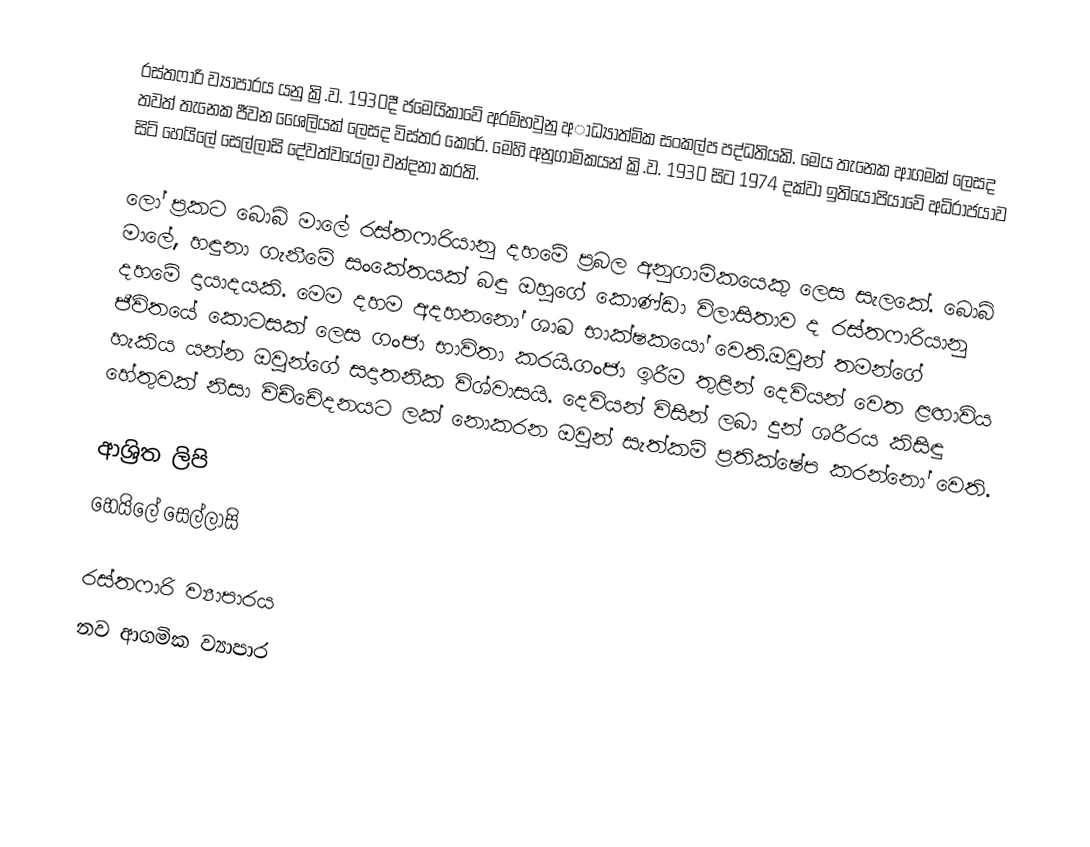
රස්තෆාරි ව්‍යාපාරය යනු ක්‍රි.ව. 1930දී ජමෙයිකාවේ අරම්භවුනු අාධ්‍යාත්මික සංකල්ප පද්ධතියකි. මෙය තැනෙක ආගමක් ලෙසද තවත් තැනෙක ජීවන ශෛලියක් ලෙසද විස්තර කෙරේ. මෙහි අනුගාමිකයන් ක්‍රි.ව. 1930 සිට 1974 දක්වා ඉතියෝපියාවේ අධිරාජයාව සිටි හෙයිලේ සෙල්ලාසි දේවත්වයේලා වන්දනා කරති.

ලෝ ප්‍රකට බොබ් මාලේ රස්තෆාරියානු දහමේ ප්‍රබල අනුගාමිකයෙකු ලෙස සැලකේ. බොබ් මාලේ, හඳුනා ගැනීමේ සංකේතයක් බඳු ඔහුගේ කොණ්ඩා විලාසිතාව ද රස්තෆාරියානු දහමේ දායාදයකි. මෙම දහම අදහනනෝ  ශාඛ භාක්ෂකයෝ වෙති.ඔවුන් තමන්ගේ ජීවිතයේ කොටසක් ලෙස ගංජා භාවිතා කරයි.ගංජා ඉරීම තුළින් දෙවියන් වෙත ළඟාවිය හැකිය යන්න ඔවුන්ගේ සදාතනික විශ්වාසයි. දෙවියන් විසින් ලබා දුන් ශරීරය කිසිඳු හේතුවක් නිසා විච්චේදනයට ලක් නොකරන ඔවුන් සැත්කම් ප්‍රතික්ෂේප කරන්නෝ වෙති.

ආශ්‍රිත ලිපි
 හෙයිලේ සෙල්ලාසි

රස්තෆාරි ව්‍යාපාරය
නව ආගමික ව්‍යාපාර